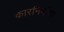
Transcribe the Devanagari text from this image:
कारनिर्माता